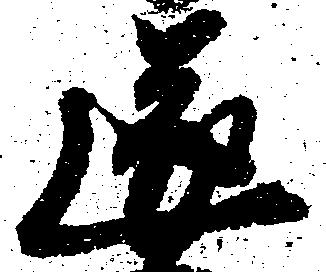
遂